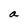
Character: a